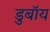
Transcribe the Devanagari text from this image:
डुबॉय